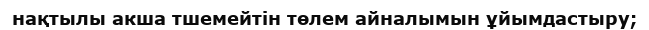
нақтылы акша тшемейтін төлем айналымын ұйымдастыру;